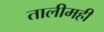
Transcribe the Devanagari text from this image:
तालीमही